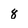
Character: 8